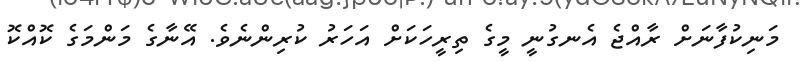
މަނިކުފާނަށް ރާއްޖެ އެނގުނީ މީގެ ތިރީހަކަށް އަހަރު ކުރިންނެވެ. އޭނާގެ މަންމަގެ ކޮއްކޮ